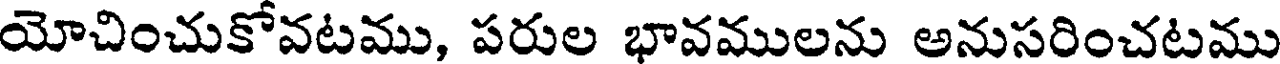
యోచించుకోవటము, పరుల భావములను అనుసరించటము